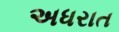
અધરાત